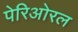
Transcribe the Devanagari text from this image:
पेरिओरल